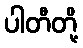
ပါတီတို့